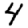
Digit: 4